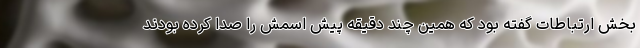
بخش ارتباطات گفته بود که همین چند دقیقه پیش اسمش را صدا کرده بودند